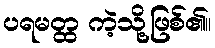
ပရမတ္ထ ကဲ့သို့ဖြစ်၏။